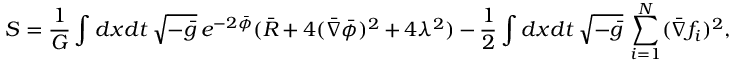
S = \frac { 1 } { G } \int d x d t \: \sqrt { - \bar { g } } \: e ^ { - 2 \bar { \phi } } ( \bar { R } + 4 ( \bar { \nabla } \bar { \phi } ) ^ { 2 } + 4 \lambda ^ { 2 } ) - \frac { 1 } { 2 } \int d x d t \: \sqrt { - \bar { g } } \: \sum _ { i = 1 } ^ { N } ( \bar { \nabla } f _ { i } ) ^ { 2 } ,